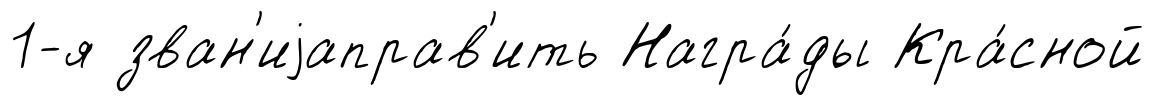
1-я зван'иjаправ'ить Награ́ды Кра́сной